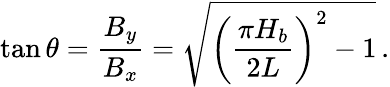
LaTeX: \tan{\theta}=\frac{B_{y}}{B_{x}}=\sqrt{\left(\frac{\pi H_{b}}{2L}\right)^{2}-1}\, .